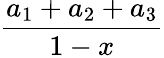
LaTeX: \frac{a_{1}+a_{2}+a_{3}}{1-x}